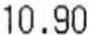
10.90